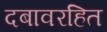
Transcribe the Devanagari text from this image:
दबावरहित